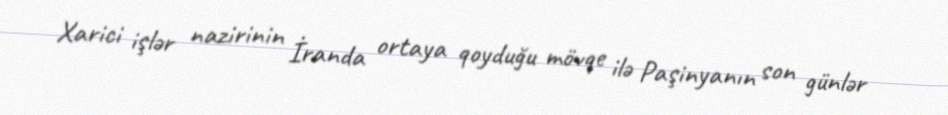
Xarici işlər nazirinin İranda ortaya qoyduğu mövqe ilə Paşinyanın son günlər